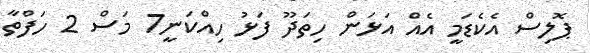
ޕޮލިސް އެކެޑަމީ އެއް އަޅަން ހިތަދޫ ފަޅު ހިއްކަނީ7 މަސް 2 ހަފްތާ